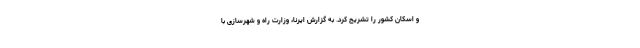
و اسکان کشور را تشریح کرد. به گزارش ایرنا، وزارت راه و شهرسازی با